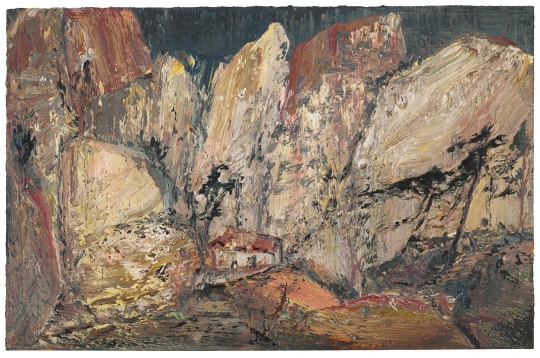
迢递嵩高下，归来且闭关。